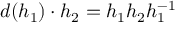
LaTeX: d ( h _ { 1 } ) \cdot h _ { 2 } = h _ { 1 } h _ { 2 } h _ { 1 } ^ { - 1 }